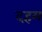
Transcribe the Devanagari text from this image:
दहम